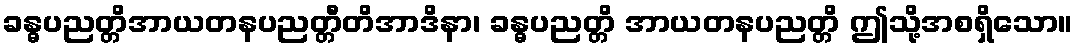
ခန္ဓပညတ္တိအာယတနပညတ္တီတိအာဒိနာ၊ ခန္ဓပညတ္တိ အာယတနပညတ္တိ ဤသို့အစရှိသော။